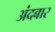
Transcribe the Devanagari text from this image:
अंदबार